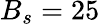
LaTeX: B_{s}=25